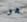
هو